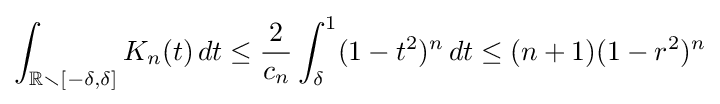
\int _{\mathbb {R} \smallsetminus [-\delta ,\delta ]}K_{n}(t)\,dt\leq {\frac {2}{c_{n}}}\int _{\delta }^{1}(1-t^{2})^{n}\,dt\leq (n+1)(1-r^{2})^{n}